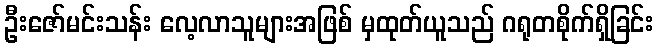
ဦးဇော်မင်းသန်း လေ့လာသူများအဖြစ် မှထုတ်ယူသည် ဂရုတစိုက်ရှိခြင်း